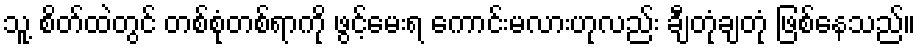
သူ့ စိတ်ထဲတွင် တစ်စုံတစ်ရာကို ဖွင့်မေးရ ကောင်းမလားဟုလည်း ချီတုံချတုံ ဖြစ်နေသည်။